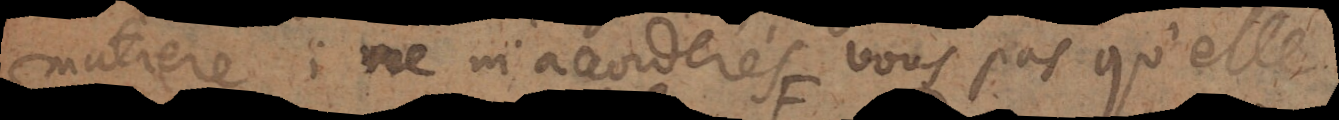
matiere; ne m’accorderés vous pas qu’elle